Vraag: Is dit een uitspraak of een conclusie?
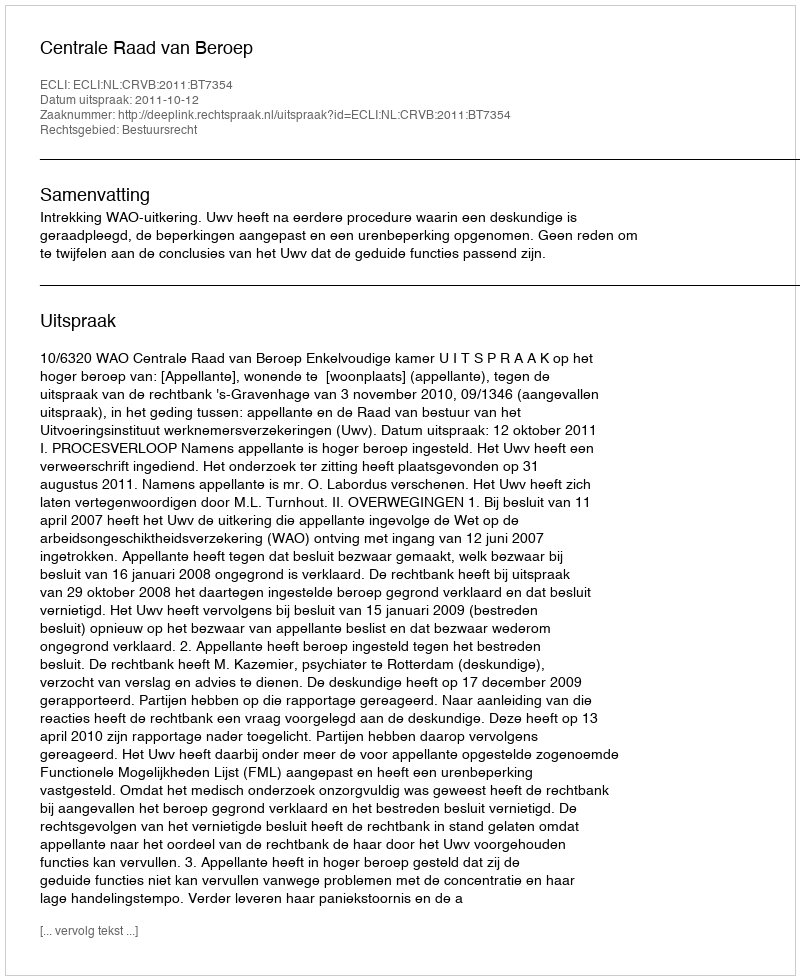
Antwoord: Uitspraak